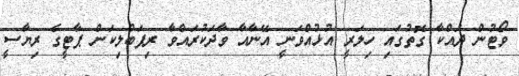
ވޯޓުން ދައްކާ ގޮތުގައި ހިލަރީ އުޅުއްވަނީ އޭނާއާ ވާދަކުރައްވާ ރިޕަބްލިކަން ޕާޓީގެ ރިޔާސީ